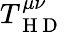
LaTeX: T_{\mathrm{~H~D~}}^{\mu\nu}